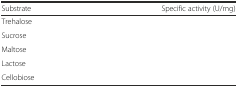
<table><thead><tr><td><b>Substrate</b></td><td><b>Specific activity (U/mg)</b></td></tr></thead><tbody><tr><td>Trehalose</td><td>[EMPTY_CELL]</td></tr><tr><td>Sucrose</td><td>[EMPTY_CELL]</td></tr><tr><td>Maltose</td><td>[EMPTY_CELL]</td></tr><tr><td>Lactose</td><td>[EMPTY_CELL]</td></tr><tr><td>Cellobiose</td><td>[EMPTY_CELL]</td></tr></tbody></table>